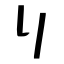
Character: リ